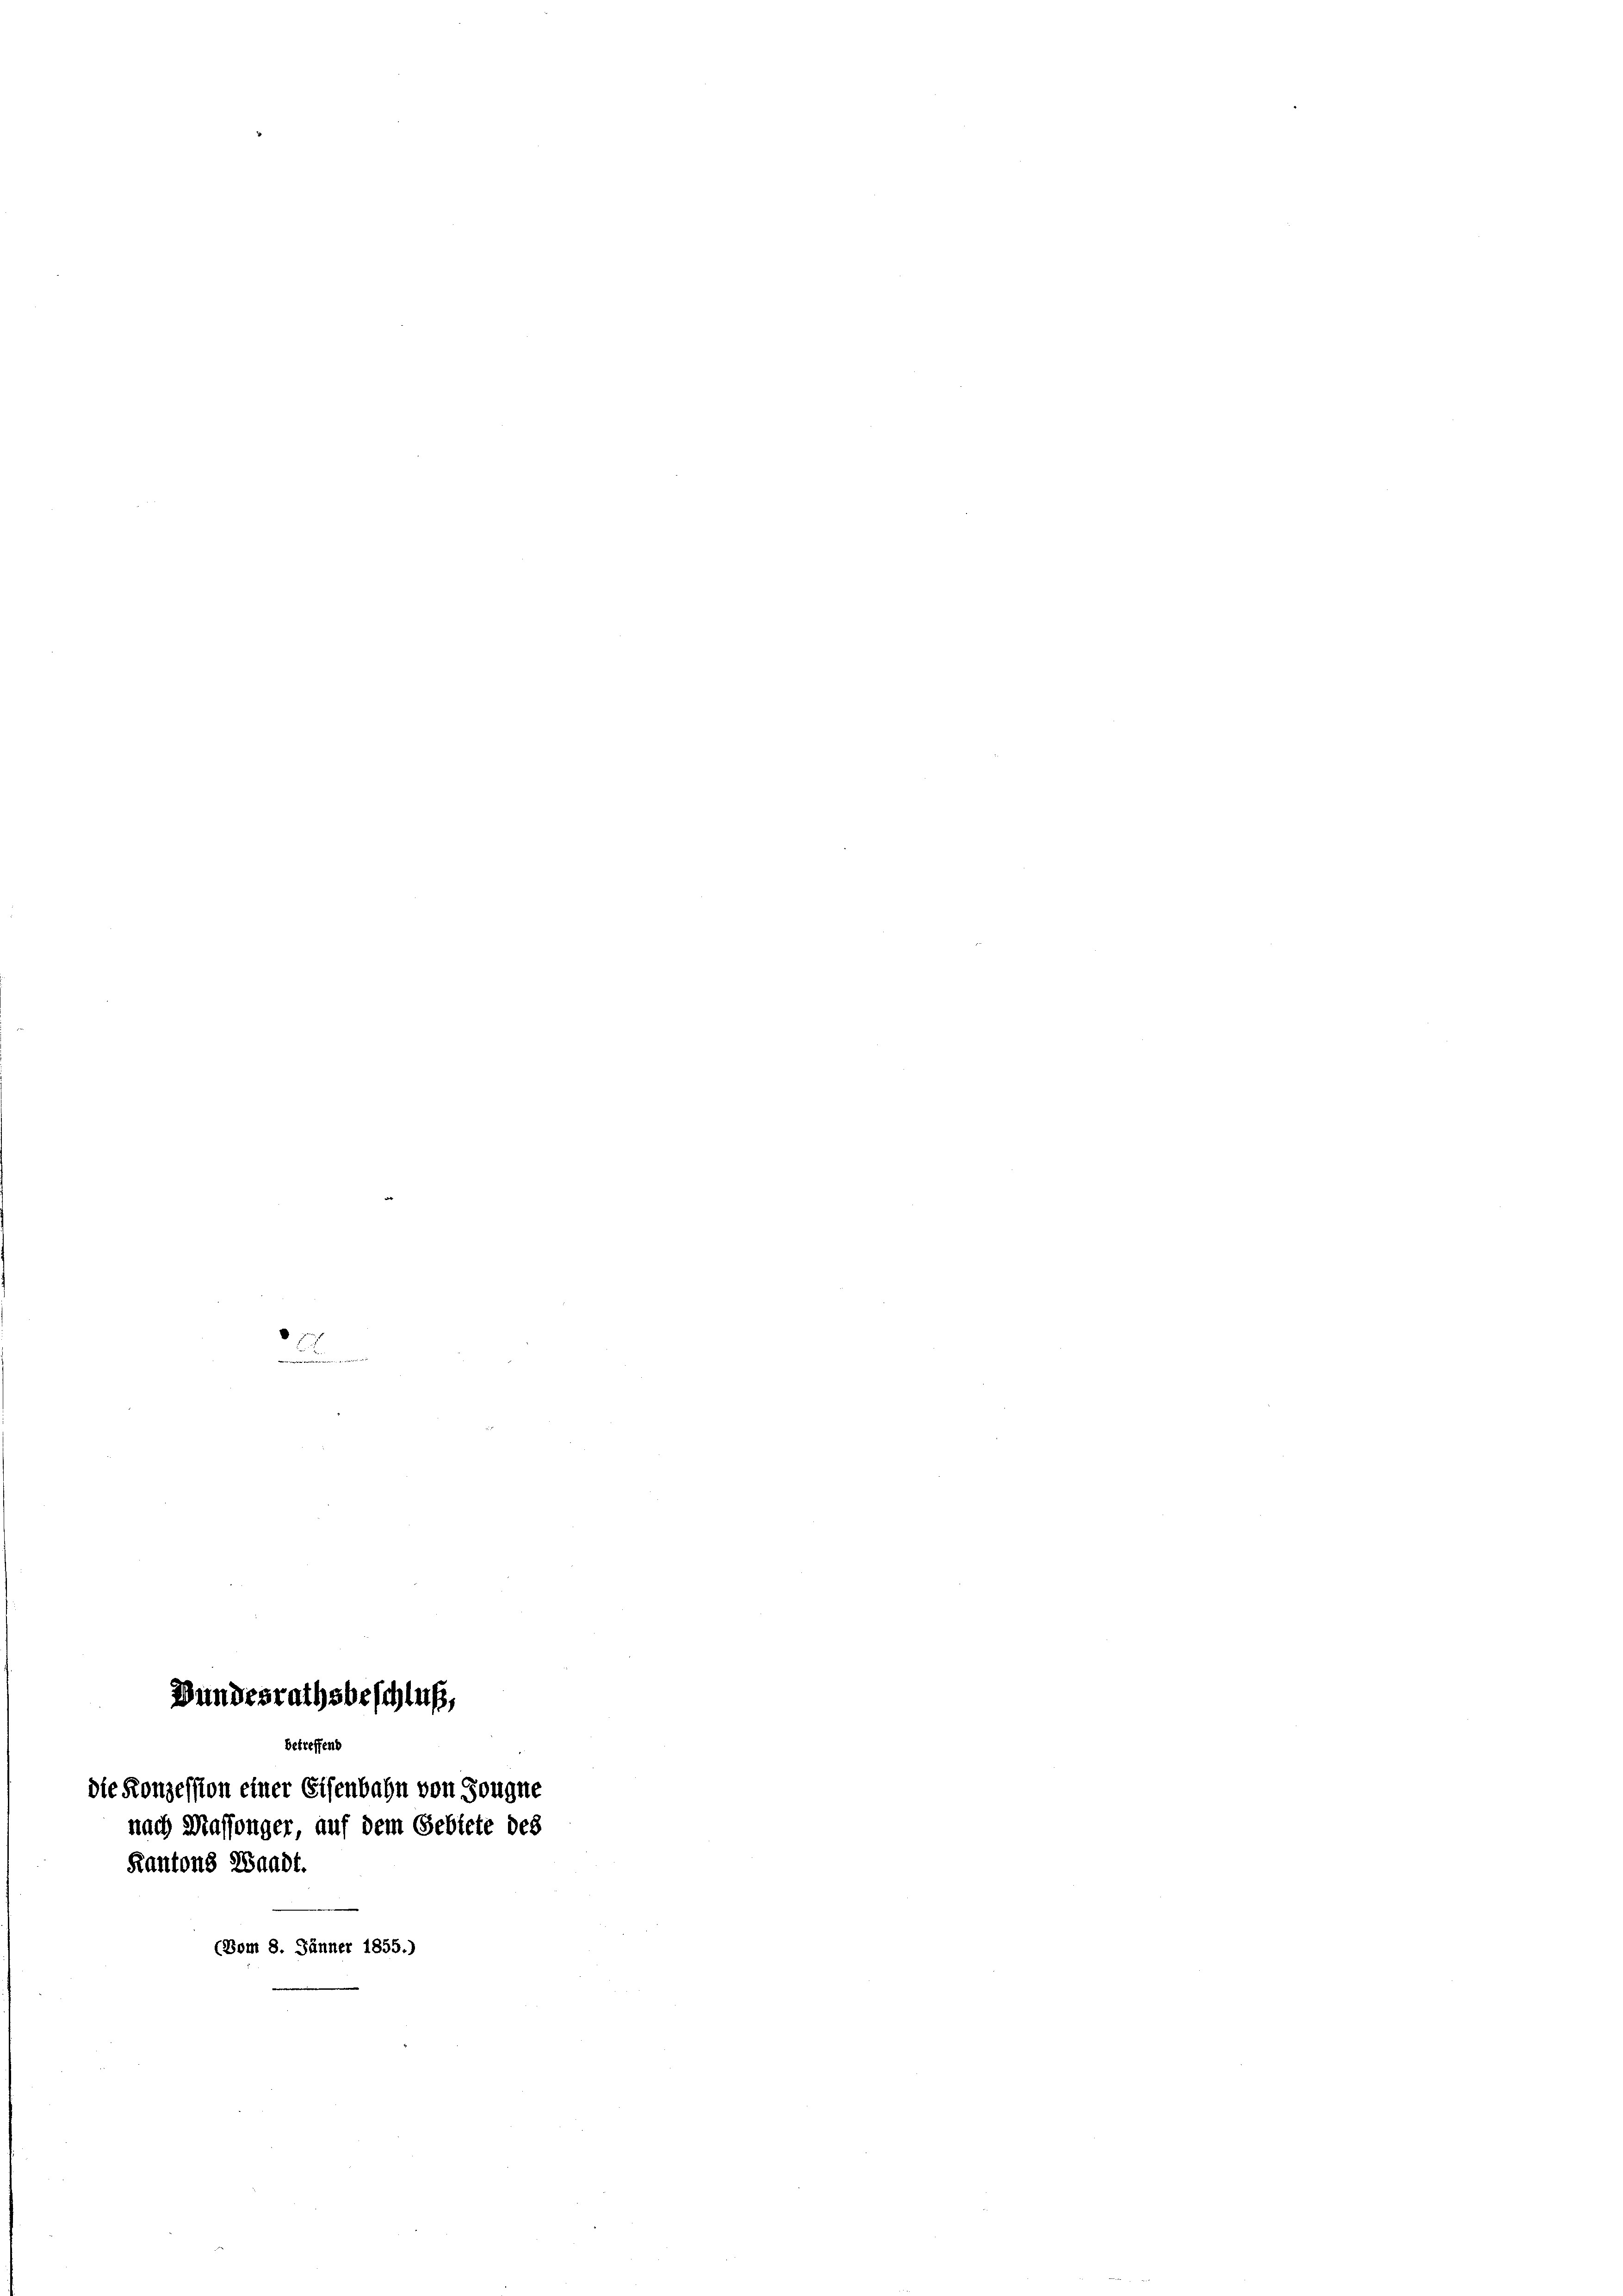
8
Wundesrathsbeschluß,
betreffend
die Konzession einer Eisenbahn von Sougne
nach Massenger, auf dem Gebiete des
Kantons Waadt.
.
(Vom 8. Jänner 1855.)